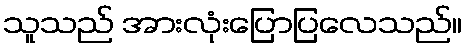
သူသည် အားလုံးပြောပြလေသည်။